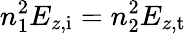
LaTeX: n_{1}^{2}E_{z,\mathrm{i}}=n_{2}^{2}E_{z,\mathrm{t}}